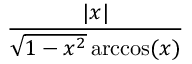
\frac { | x | } { { \sqrt { 1 - x ^ { 2 } } } \operatorname { a r c c o s } ( x ) }